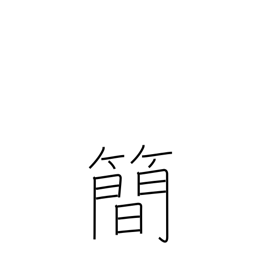
Meaning: brevity